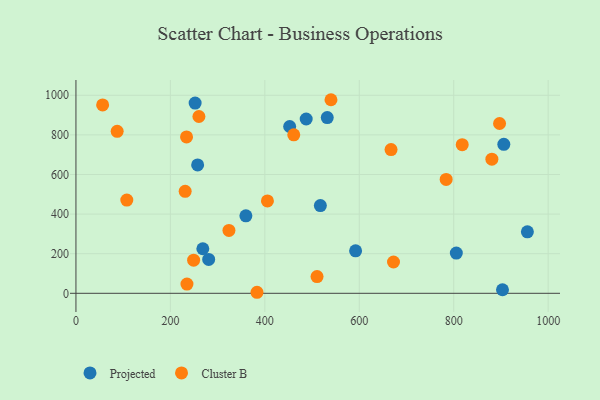
{"axis": {"x": "Study Hours", "y": "Salary"}, "legend": ["Cluster B", "Projected"], "data": [{"x": "956.0", "y": 310.4, "type": "Projected"}, {"x": "359.9", "y": 391.0, "type": "Projected"}, {"x": "252.4", "y": 960.8, "type": "Projected"}, {"x": "487.6", "y": 880.1, "type": "Projected"}, {"x": "517.6", "y": 443.2, "type": "Projected"}, {"x": "903.3", "y": 17.9, "type": "Projected"}, {"x": "281.1", "y": 170.9, "type": "Projected"}, {"x": "268.7", "y": 225.1, "type": "Projected"}, {"x": "452.6", "y": 842.2, "type": "Projected"}, {"x": "592.2", "y": 214.4, "type": "Projected"}, {"x": "906.1", "y": 752.2, "type": "Projected"}, {"x": "532.2", "y": 887.3, "type": "Projected"}, {"x": "805.5", "y": 203.1, "type": "Projected"}, {"x": "257.7", "y": 648.3, "type": "Projected"}, {"x": "231.3", "y": 515.0, "type": "Cluster B"}, {"x": "540.1", "y": 977.5, "type": "Cluster B"}, {"x": "235.1", "y": 46.6, "type": "Cluster B"}, {"x": "897.1", "y": 857.5, "type": "Cluster B"}, {"x": "260.4", "y": 892.7, "type": "Cluster B"}, {"x": "87.3", "y": 817.8, "type": "Cluster B"}, {"x": "56.5", "y": 951.1, "type": "Cluster B"}, {"x": "880.8", "y": 677.4, "type": "Cluster B"}, {"x": "818.0", "y": 750.3, "type": "Cluster B"}, {"x": "510.6", "y": 84.4, "type": "Cluster B"}, {"x": "667.3", "y": 725.9, "type": "Cluster B"}, {"x": "784.0", "y": 575.1, "type": "Cluster B"}, {"x": "461.3", "y": 800.3, "type": "Cluster B"}, {"x": "383.4", "y": 5.2, "type": "Cluster B"}, {"x": "107.7", "y": 470.8, "type": "Cluster B"}, {"x": "249.2", "y": 167.2, "type": "Cluster B"}, {"x": "405.5", "y": 466.4, "type": "Cluster B"}, {"x": "234.2", "y": 789.5, "type": "Cluster B"}, {"x": "324.0", "y": 317.6, "type": "Cluster B"}, {"x": "672.5", "y": 158.2, "type": "Cluster B"}]}